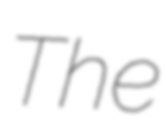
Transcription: The